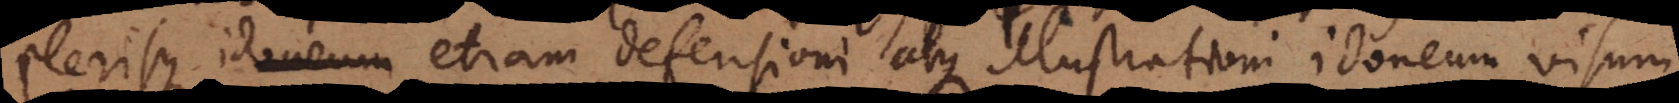
plerisque etiam defensioni atque illustrationi idoneum visum,